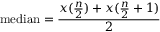
\mathrm { m e d i a n } = { \frac { x { ( { \frac { n } { 2 } } ) } + x { ( { \frac { n } { 2 } } + 1 ) } } { 2 } }